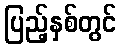
ပြည့်နှစ်တွင်